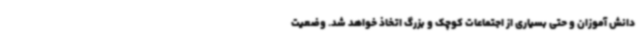
دانش آموزان و حتی بسیاری از اجتماعات کوچک و بزرگ اتخاذ خواهد شد. وضعیت